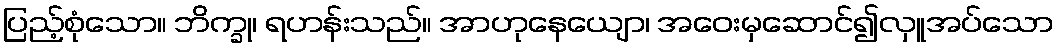
ပြည့်စုံသော။ ဘိက္ခု၊ ရဟန်းသည်။ အာဟုနေယျော၊ အဝေးမှဆောင်၍လှူအပ်သော